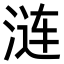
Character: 涟